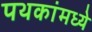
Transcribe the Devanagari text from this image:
पथकांमध्ये